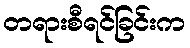
တရားစီရင်ခြင်းက